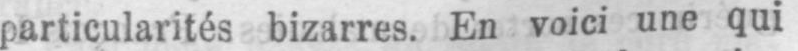
particularités bizarres. En voici une qui